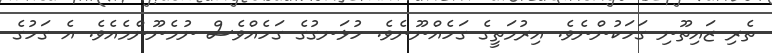
ތެރި ޒައިތޫނި ގަހަކުންނެވެ. އިރުމަތީގެ ގަހެއްނޫނެވެ. ހުޅަނގުގެ ގަހެއްވެސް ނުމެނޫންމެއެވެ. އެ ގަހުގެ